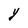
Character: Y